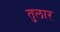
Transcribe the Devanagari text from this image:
तुलार